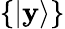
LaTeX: \{ |\mathbf{y}\rangle\}